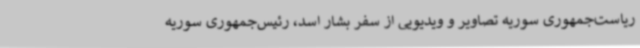
ریاست‌جمهوری سوریه تصاویر و ویدیویی از سفر بشار اسد، رئیس‌جمهوری سوریه